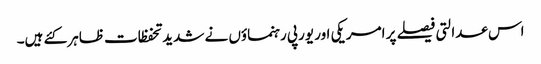
اس عدالتی فیصلے پر امریکی اور یورپی رہنماؤں نے شدید تحفظات ظاہر کئے ہیں۔